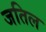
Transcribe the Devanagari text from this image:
जतिल